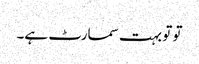
تو تو بہت سمارٹ ہے۔